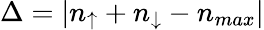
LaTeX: \Delta=|n_{\uparrow}+n_{\downarrow}-n_{max}|